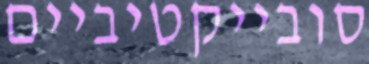
סובייקטיביים